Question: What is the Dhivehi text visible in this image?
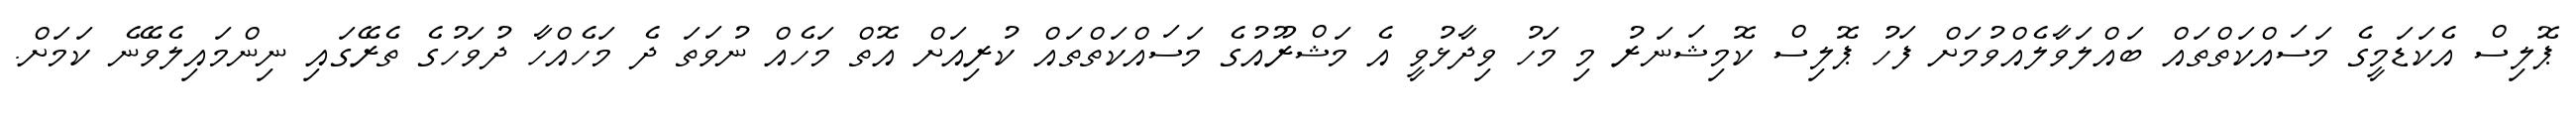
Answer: ޕޮލިސް އެކަޑަމީގެ މަސައްކަތްތައް ބައްލަވާލެއްވުމަށް ފަހު ޕޮލިސް ކޮމިޝަނަރު މި މަހު ވިދާޅުވީ އެ މަޝްރޫއުގެ މަސައްކަތްތައް ކުރިއަށް އޮތް މަހެއް ނުވަތަ ދެ މަހެއްހާ ދުވަހުގެ ތެރޭގައި ނިންމައިލެވޭނެ ކަމަށް.